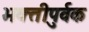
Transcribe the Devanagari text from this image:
भक्‍तीपुर्वक